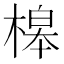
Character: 槔